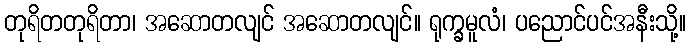
တုရိတတုရိတာ၊ အဆောတလျင် အဆောတလျင်။ ရုက္ခမူလံ၊ ပညောင်ပင်အနီးသို့။